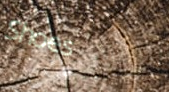
Shoes